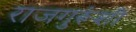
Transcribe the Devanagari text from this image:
राजगुरूंशी